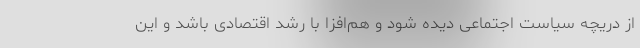
از دریچه سیاست اجتماعی دیده شود و هم‌افزا با رشد اقتصادی باشد و این